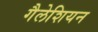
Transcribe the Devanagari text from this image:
गैलेशियन